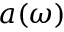
a ( \omega )